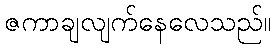
ဇကာချလျက်နေလေသည်။